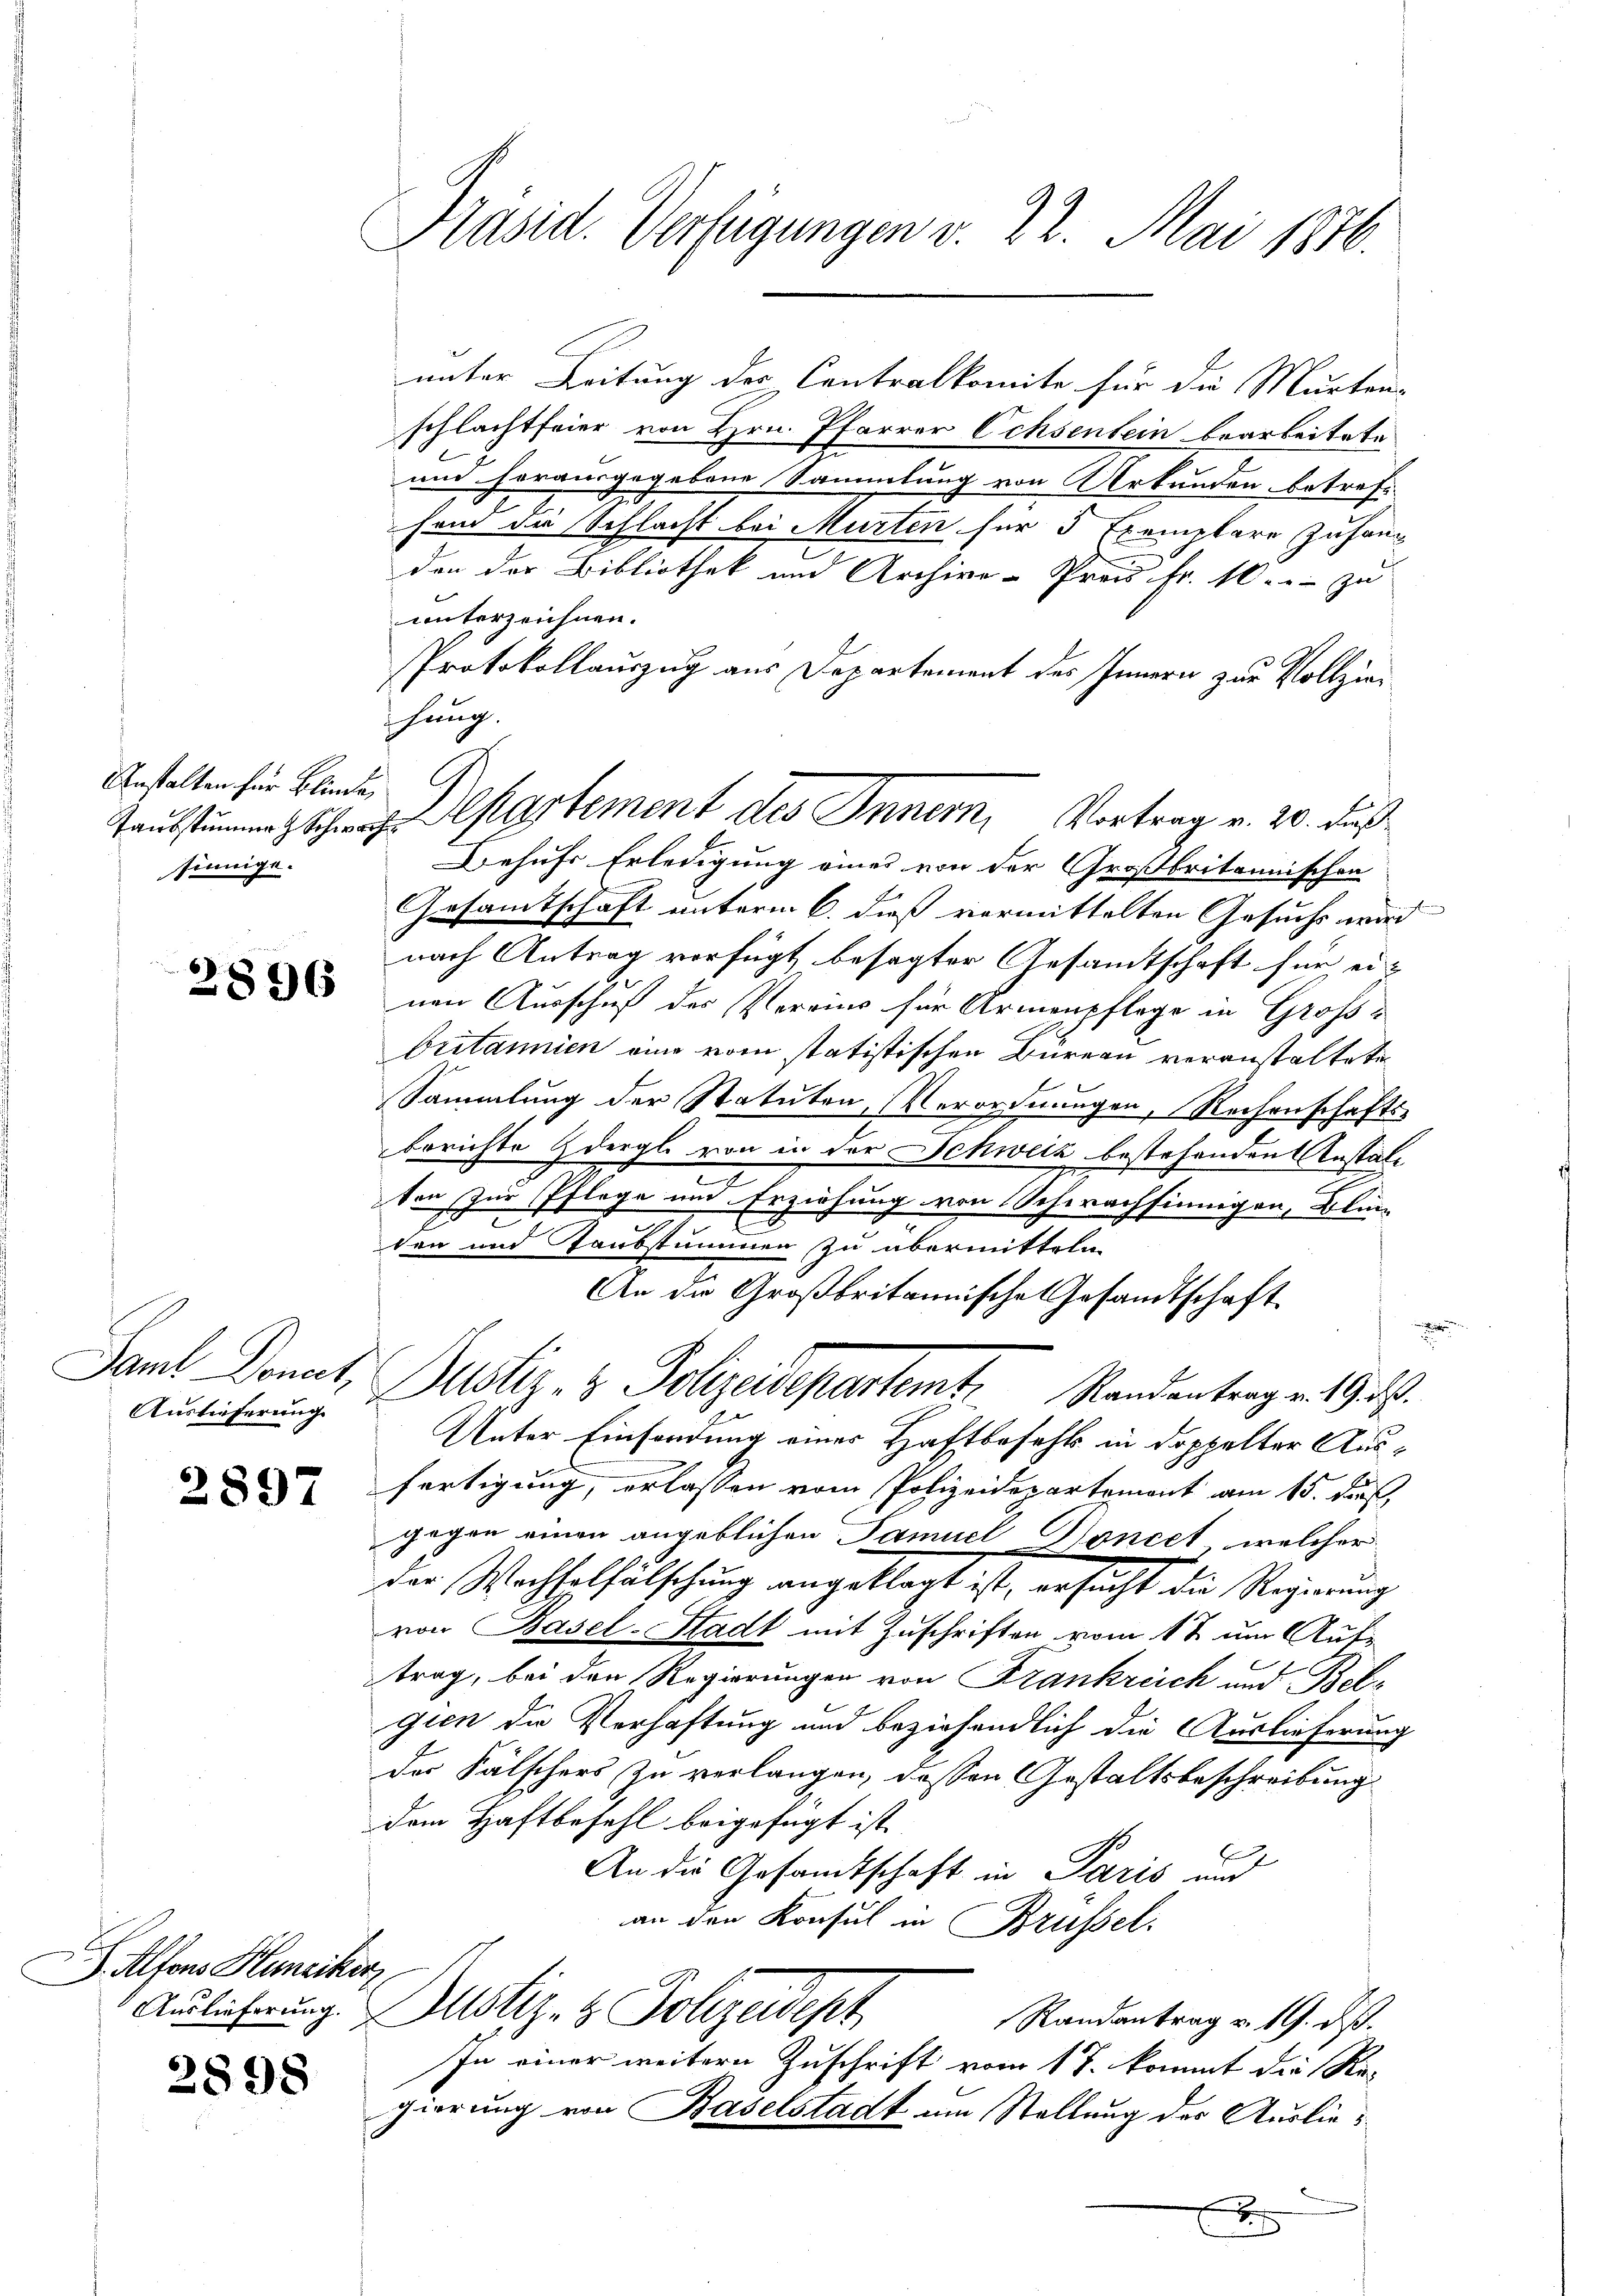
Anstalten für Blinde,
sinnige.

2896

Saml Donat,
Auslieferung

2897

J. Alfons Hunziker,
Auslieferung.

2898

Präsid. Verfügungen v. 22. Mai 1846.

unter Leitung des Contralkomite für die Murten-
schlachtfeier von Hrn. Pfarrer Ochsentein bearbeitete
und herausgegebene Sammlung von Urkunden betreff
hein in Schlacht bei Murten für 3 Exemplare Zuhang
den der Bibliothek und Archive- Preis Fr. 10. zu
unterzeichnen.
Protokollauszug aus Departement des Innern zur Vollzie¬
Behufs Erledigung eines von der Großbritannischen
Gesamtschaft unterm 6. dieß vermittelten Gesuchs wird
nach Antrag verfügt besagter Gesandtschaft für einen Ausschuf des Vereins für Armenpflege in Gross-
britannien eine vom statistischen Büreau veranstaltete
Sammlung der Statuten, Verordnungen, Reihenschaftsberichte dergle von in der Schweiz bestehenden Anstalt
ton zur Pflege und Erziehung von Schwachsinnigen, Blin-
den und Taubstummen zu übermitteln
An die Großbritannische Gesandtschaft
x
Justiz- & Polizeidepartemt. Standentrage 19. 29.
Unter Einsendung einer Haftbefehls in doppelter Ausfertigung, erlassen vom Polizeidepartement am 15. dieß,
gegen einen angeblichen Samuel Koncet, welcher
der Wachselfälschung angeklagt ist, ersucht die Regierung
von Basel-Stadt mit Zuschriften vom 1t um Auf-
trag, bei den Regierungen von Krankreich und Belgien die Verhaftung und beziehendlich die Auslieferung
der Fälschers zu verlangen, dessen Gestaltsbeschreibung
dem Haftbefehl beigefügt ist.
An die Gesamtschaft in Paris und
an den Konsul in Brüssel.
b
Dustiz- & Polizeidept
Randantrag v. 19. ds.
In einer weitern Zuschrift vom 17. kommt die Re-
gierung von Baselstadt um Stellung der Ausliex

ihung.
Martement des Innern, Vortrag v. 20. dur